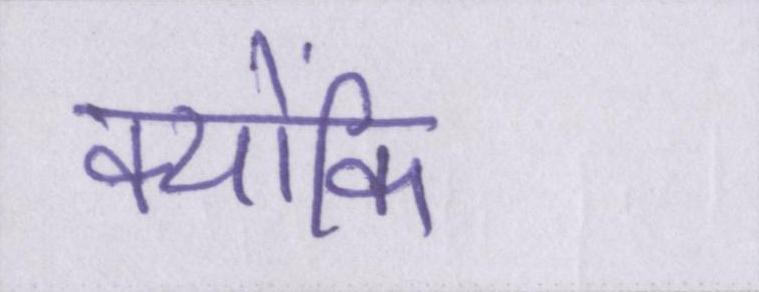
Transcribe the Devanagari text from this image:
क्योंकि